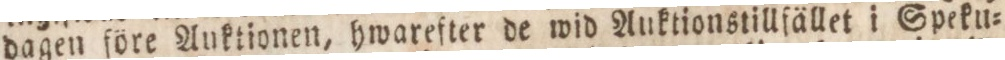
dagen före Auktionen, hwarefter de wid Auktionstillfället i Speku=